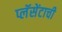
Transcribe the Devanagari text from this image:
प्लॅसेंटाची